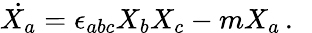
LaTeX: \dot{X_{a}}=\epsilon_{abc}X_{b}X_{c}-mX_{a}\, .~~